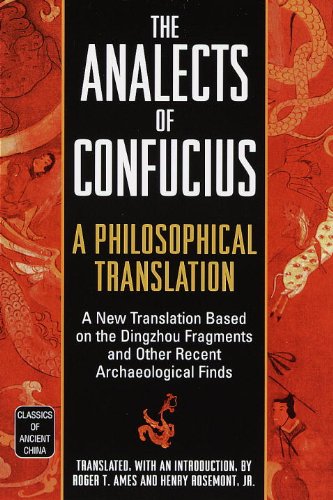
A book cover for The Analects of Confucius: A Philosophical Translation (Classics of Ancient China); Religion & Spirituality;